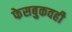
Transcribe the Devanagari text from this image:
फेसबुकवही